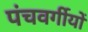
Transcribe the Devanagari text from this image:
पंचवर्गीयों